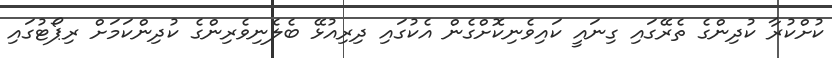
ކުށްކުރާ ކުދިންގެ ތެރޭގައި ގިނައީ ކައިވެނިކޮށްގެން އެކުގައި ދިރިއުޅޭ ބެލެނިވެރިންގެ ކުދިންކަމަށް ރިޕޯޓުގައި